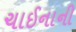
ચાઈનાની